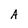
Character: A